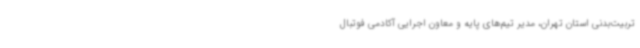
تربیت‌بدنی استان تهران، مدیر تیم‌های پایه و معاون اجرایی آکادمی فوتبال